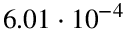
6 . 0 1 \cdot 1 0 ^ { - 4 }